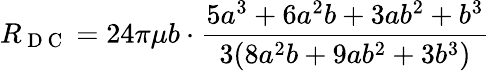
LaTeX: R_{\mathrm{~D~C~}}=24\pi\mu b\cdot\frac{5a^{3}+6a^{2}b+3ab^{2}+b^{3}}{3(8a^{2}b+9ab^{2}+3b^{3})}